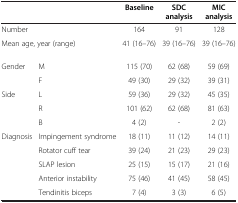
<table><thead><tr><td colspan="2"><b> </b></td><td><b>Baseline</b></td><td><b>SDC analysis</b></td><td><b>MIC analysis</b></td></tr></thead><tbody><tr><td>Number</td><td> </td><td>164</td><td>91</td><td>128</td></tr><tr><td colspan="2">Mean age, year (range)</td><td>41 (16–76)</td><td>39 (16–76)</td><td>39 (16–76)</td></tr><tr><td rowspan="2">Gender</td><td>M</td><td>115 (70)</td><td>62 (68)</td><td>59 (69)</td></tr><tr><td>F</td><td>49 (30)</td><td>29 (32)</td><td>39 (31)</td></tr><tr><td rowspan="3">Side</td><td>L</td><td>59 (36)</td><td>29 (32)</td><td>45 (35)</td></tr><tr><td>R</td><td>101 (62)</td><td>62 (68)</td><td>81 (63)</td></tr><tr><td>B</td><td>4 (2)</td><td>-</td><td>2 (2)</td></tr><tr><td rowspan="5">Diagnosis</td><td>Impingement syndrome</td><td>18 (11)</td><td>11 (12)</td><td>14 (11)</td></tr><tr><td>Rotator cuff tear</td><td>39 (24)</td><td>21 (23)</td><td>29 (23)</td></tr><tr><td>SLAP lesion</td><td>25 (15)</td><td>15 (17)</td><td>21 (16)</td></tr><tr><td>Anterior instability</td><td>75 (46)</td><td>41 (45)</td><td>58 (45)</td></tr><tr><td>Tendinitis biceps</td><td>7 (4)</td><td>3 (3)</td><td>6 (5)</td></tr></tbody></table>